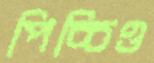
পিচ্চিও